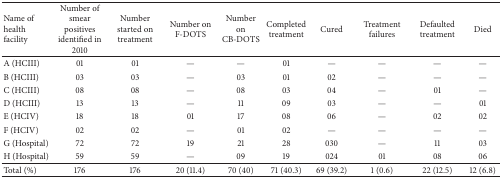
| Name of health facility | Number of smear positives identified in 2010 | Number started on treatment | Number on F-DOTS | Number on CB-DOTS | Completed treatment | Cured | Treatment failures | Defaulted treatment | Died |
 | --- | --- | --- | --- | --- | --- | --- | --- | --- | --- |
 | A (HCIII) | 01 | 01 | — | — | 01 | — | — | — | — |
 | B (HCIII) | 03 | 03 | — | 03 | 01 | 02 | — | — | — |
 | C (HCIII) | 08 | 08 | — | 08 | 03 | 04 | — | 01 | — |
 | D (HCIII) | 13 | 13 | — | 11 | 09 | 03 | — | — | 01 |
 | E (HCIV) | 18 | 18 | 01 | 17 | 08 | 06 | — | 02 | 02 |
 | F (HCIV) | 02 | 02 | — | 01 | 02 | — | — | — | — |
 | G (Hospital) | 72 | 72 | 19 | 21 | 28 | 030 | — | 11 | 03 |
 | H (Hospital) | 59 | 59 | — | 09 | 19 | 024 | 01 | 08 | 06 |
 | Total (%) | 176 | 176 | 20 (11.4) | 70 (40) | 71 (40.3) | 69 (39.2) | 1 (0.6) | 22 (12.5) | 12 (6.8) |